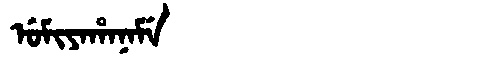
Manchu: ᡠᠮᡳᠶᠠᡥᠠᠨᠠᠮᡝ
Romanization: UMIYAHANAME